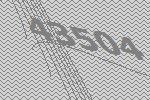
43504